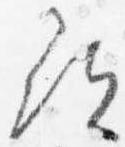
尋